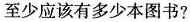
至少应该有多少本图书?